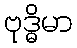
ဗုဒ္ဓိမာ